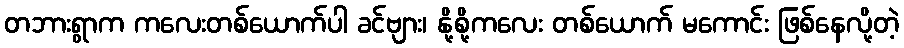
တဘားရွာက ကလေးတစ်ယောက်ပါ ခင်ဗျား၊ နို့စို့ကလေး တစ်ယောက် မကောင်း ဖြစ်နေလို့တဲ့